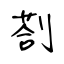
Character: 剳